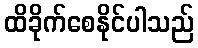
ထိခိုက်စေနိုင်ပါသည်